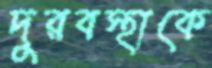
দুরবস্থাকে